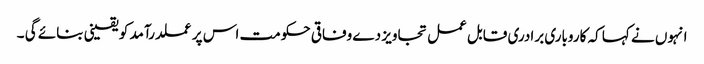
انہوں نے کہا کہ کاروباری برادری قابل عمل تجاویز دے وفاقی حکومت اس پر عملدرآمد کو یقینی بنائے گی ۔